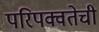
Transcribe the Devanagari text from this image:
परिपक्वतेची